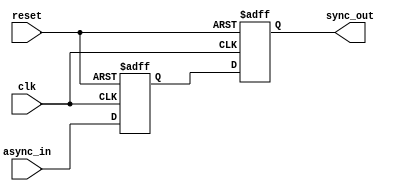
module meta_stability_filter (
    input wire clk,          // Clock signal
    input wire async_in,     // Asynchronous input signal
    input wire reset,        // Optional reset signal
    output reg sync_out      // Synchronized output signal
);

    // Internal signals for the two-stage flip-flops
    reg ff1_out;            // Output of the first flip-flop

    // First flip-flop (FF1)
    always @(posedge clk or posedge reset) begin
        if (reset) begin
            ff1_out <= 1'b0;  // Initialize FF1 to 0 on reset
        end else begin
            ff1_out <= async_in;  // Sample the asynchronous input
        end
    end

    // Second flip-flop (FF2)
    always @(posedge clk or posedge reset) begin
        if (reset) begin
            sync_out <= 1'b0;  // Initialize FF2 to 0 on reset
        end else begin
            sync_out <= ff1_out;  // Sample the output of FF1
        end
    end

endmodule